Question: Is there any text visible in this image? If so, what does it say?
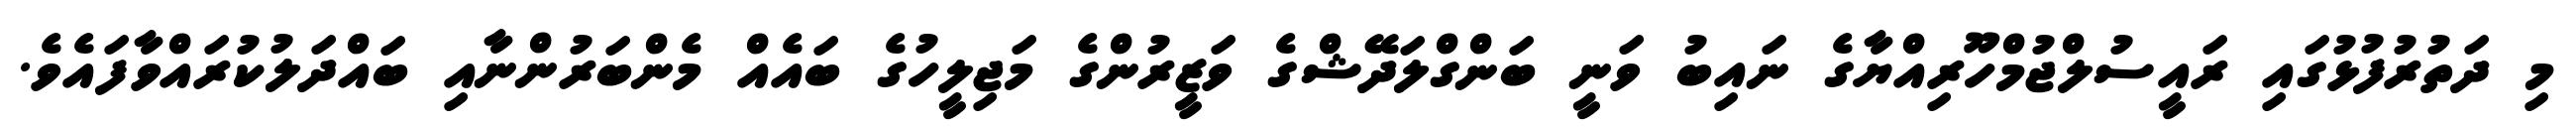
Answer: މި ދަތުރުފުޅުގައި ރައީސުލްޖުމްހޫރިއްޔާގެ ނައިބު ވަނީ ބަންގްލަދޭޝްގެ ވަޒީރުންގެ މަޖިލީހުގެ ބައެއް މެންބަރުންނާއި ބައްދަލުކުރައްވާފައެވެ.